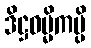
ဒိဋ္ဌဓမ္မိကမ္ပိ